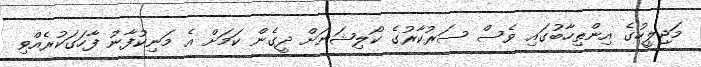
މަޖިލީހުގެ އިންތިހާބުގައި ވެސް ސަރުކާރުގެ ކޯލިޝަނަށް ދީގެން ކަމަށް އެ މަނިކުފާނު ފާހަގަކުރެއްވި